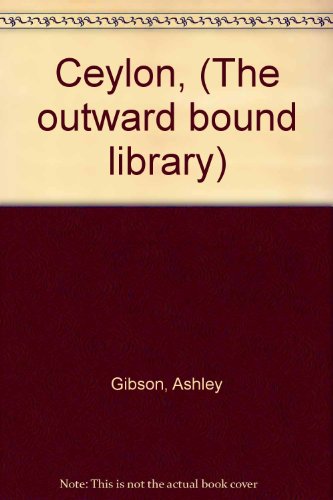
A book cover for Ceylon, (The outward bound library); Ashley Gibson; Travel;